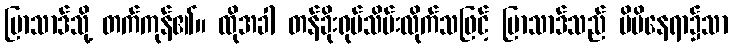
ပြာသာဒ်သို့ တက်ကုန်၏။ ထိုအခါ တန်ခိုးရုပ်သိမ်းလိုက်သဖြင့် ပြာသာဒ်သည် မိမိနေရာ၌သာ